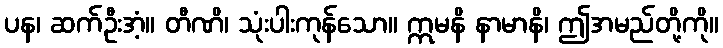
ပန၊ ဆက်ဦးအံ့။ တီဏိ၊ သုံးပါးကုန်သော။ ဣမနိ နာမာနိ၊ ဤအမည်တို့ကို။